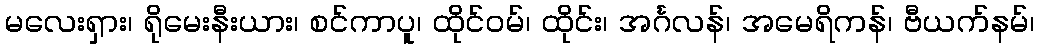
မလေးရှား၊ ရိုမေးနီးယား၊ စင်ကာပူ၊ ထိုင်ဝမ်၊ ထိုင်း၊ အင်္ဂလန်၊ အမေရိကန်၊ ဗီယက်နမ်၊